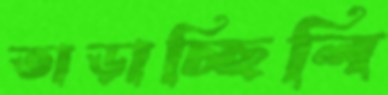
তাড়াচ্ছিলি